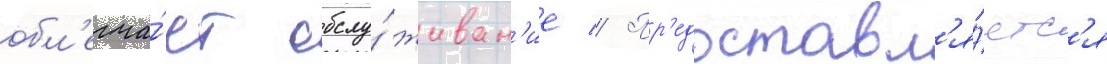
обл'егча́ет обслу́живан'ие // Пр'едоставл'я́етс'я